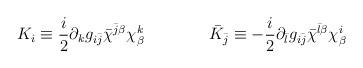
LaTeX: \begin{align*}K_i \equiv \frac{i}{2} \partial_k g_{i\bar j}\bar \chi^{\bar j \beta} \chi^k_{\beta}\qquad \qquad\bar K_{\bar j} \equiv -\frac{i}{2} \partial_{\bar l}g_{i\bar j} \bar \chi^{\bar l \beta} \chi^i_{\beta}\end{align*}